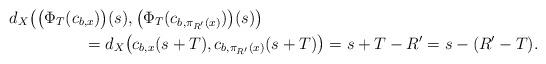
LaTeX: \begin{align*} d_X\big(\big(\Phi_T(c_{b,x})&\big)(s), \big(\Phi_T(c_{b,\pi_{R'}(x)})\big)(s)\big) \\ = & \; d_X\big(c_{b,x}(s+T),c_{b,\pi_{R'}(x)}(s+T)\big) = s + T - R' = s - (R'-T). \end{align*}